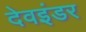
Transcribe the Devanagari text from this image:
देवइंडर